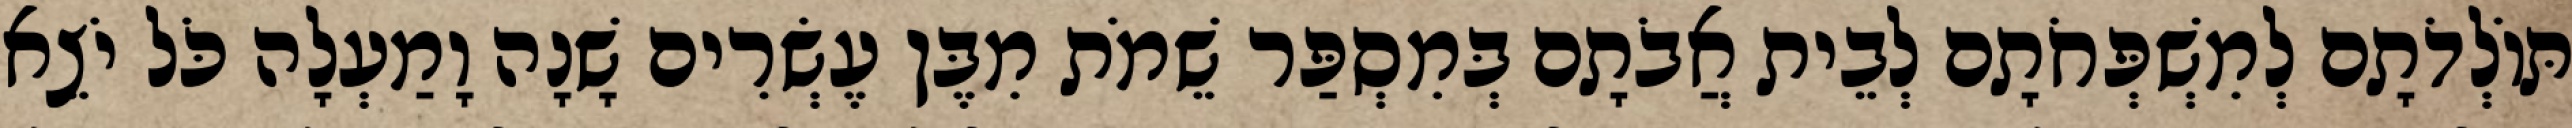
תּוֹלְדֹתָם לְמִשְׁפְּחֹתָם לְבֵית אֲבֹתָם בְּמִסְפַּר שֵׁמֹת מִבֶּן עֶשְׂרִים שָׁנָה וָמַעְלָה כֹּל יֹצֵא